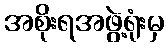
အစိုးရအဖွဲ့ရုံးမှ